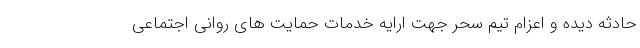
حادثه دیده و اعزام تیم سحر جهت ارایه خدمات حمایت های روانی اجتماعی